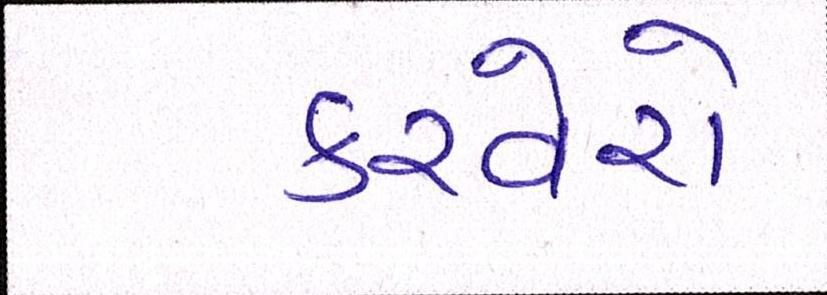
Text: કરવેરો